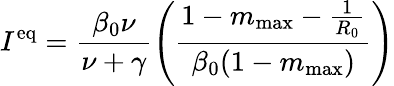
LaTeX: I^{\mathrm{eq}}=\frac{\beta_{0}\nu}{\nu+\gamma}\left(\frac{1-m_{\mathrm{max}}-\frac{1}{R_{0}}}{\beta_{0}(1-m_{\mathrm{max}})}\right)